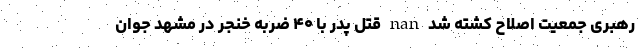
رهبری جمعیت اصلاح کشته شد nan قتل پدر با ۴۰ ضربه خنجر در مشهد جوان